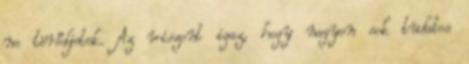
ne törődjetek. Az viszont igaz, hogy nagyon sok tudatos